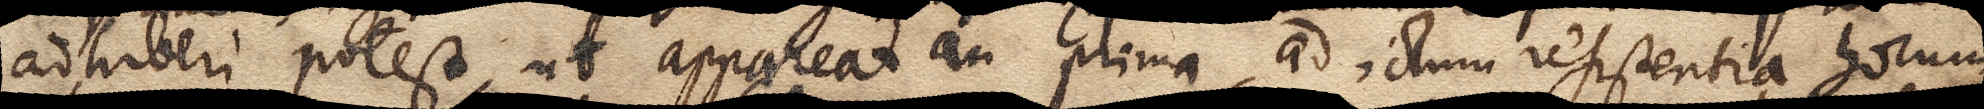
adhiberi potest, ut appareat an prima ad ictum resistentia horum